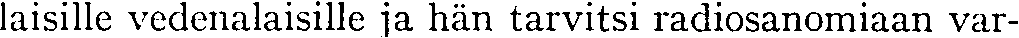
laisille vedenalaisille ja hän tarvitsi radiosanomiaan var-